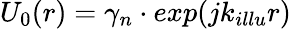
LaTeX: U_{0}(r)=\gamma_{n}\cdot exp(jk_{illu}r)